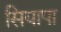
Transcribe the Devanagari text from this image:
सियापा